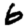
Digit: 6